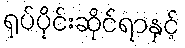
ရုပ်ပိုင်းဆိုင်ရာနှင့်